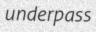
underpass